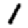
Digit: 1